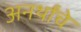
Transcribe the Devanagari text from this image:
अनर्थांचे